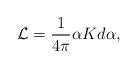
LaTeX: \begin{align*}{\cal L}=\frac{1}{4\pi}\alpha K d\alpha,\end{align*}